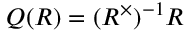
Q ( R ) = ( R ^ { \times } ) ^ { - 1 } R